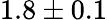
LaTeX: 1.8\pm 0.1